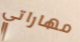
مهاراتي